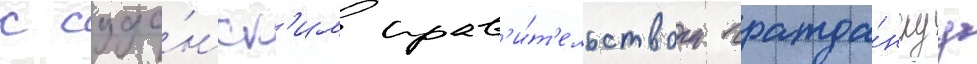
с суда́нск'им прав'и́т'ельством гражда́нскуу